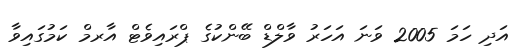
އަދި ހަމަ 2005 ވަނަ އަހަރު ވާލްޑް ބޭންކުގެ ޕްރައިވެޓް އާރމް ކަމުގައިވާ